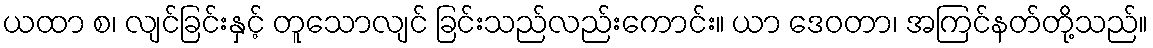
ယထာ စ၊ လျင်ခြင်းနှင့် တူသောလျင် ခြင်းသည်လည်းကောင်း။ ယာ ဒေဝတာ၊ အကြင်နတ်တို့သည်။